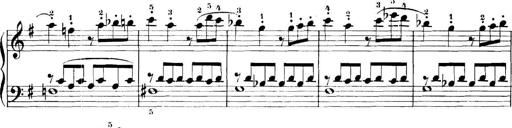
Title: 11 Sonatinas
Composer: Anton Diabelli